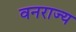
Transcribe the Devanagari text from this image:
वनराज्य